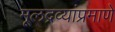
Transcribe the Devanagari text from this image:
मूलद्रव्यांप्रमाणे